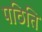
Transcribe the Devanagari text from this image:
पठिति